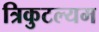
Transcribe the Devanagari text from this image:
त्रिकुटल्यम